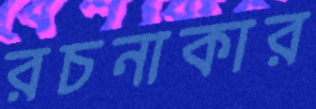
রচনাকার